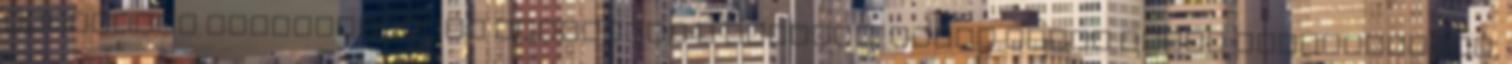
megfelelő körülményeket teremtünk a számára, akkor ismét képes feltekeredni,